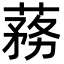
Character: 蓩